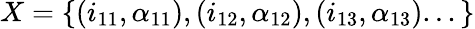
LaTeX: X=\{ (i_{11},\alpha_{11}),(i_{12},\alpha_{12}),(i_{13},\alpha_{13})...\}